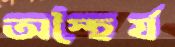
অস্হৈর্য